system: You are a helpful assistant.
user:
Analyze the provided spectrum to determine if it is a **"Cataclysmic Variables (CV)"**.

- **Key Indicators for CV (Check for either state):**
    - **State 1: Quiescent / Low-State (Emission-Dominated)**
        - **(Primary):** Strong and *very broad* Hydrogen Balmer emission lines (e.g., $H\alpha$ at 6563 Å, $H\beta$ at 4861 Å). The 'broadness' (high velocity dispersion, often FWHM > 1000 km/s) is the key diagnostic, indicating a high-velocity accretion disk.
        - **(Secondary):** Broad neutral Helium (He I) emission lines (e.g., 5876 Å, 6678 Å).
        - **(Key Confirmation):** Presence of high-excitation *ionized* Helium (He II) emission at 4686 Å. This is a strong indicator of accretion onto a white dwarf.
        - **(Line Profile):** Emission lines may exhibit a 'double-peaked' profile, which is a classic signature of a rotating accretion disk viewed at high inclination.

    - **State 2: Outburst / High-State (Absorption-Dominated)**
        - **(Primary):** Spectrum is dominated by a bright, blue continuum (looks like a hot star).
        - **(Secondary):** The emission lines from State 1 are weak, absent, or 'filled in', and are replaced by broad, shallow *absorption* lines (primarily Balmer and He I).
        - **(Morphology):** The overall spectrum mimics a hot B/A-type star. The crucial difference is that the absorption lines are significantly broader, shallower, and more 'washed-out' (or 'smeared') than the sharp lines of a normal stellar photosphere, due to high rotational speeds and pressure broadening in the disk.

Think first, call **spectral_visualization_tool** if needed to examine features in detail, then provide your final answer. Your response must adhere to the following strict rules:
1.  **Overall Structure:** Your response must follow the format `<think>...</think> <tool_call>...</tool_call> (if a tool is used) <answer>...</answer>`.
2.  **Tool Usage Constraint:** You may only make **one** tool call per turn.
3.  **Final Answer Format:** In the `<answer>` tag, your conclusion must be inside a `\boxed{}` command (e.g., `\boxed{YES}`), followed by your justification.

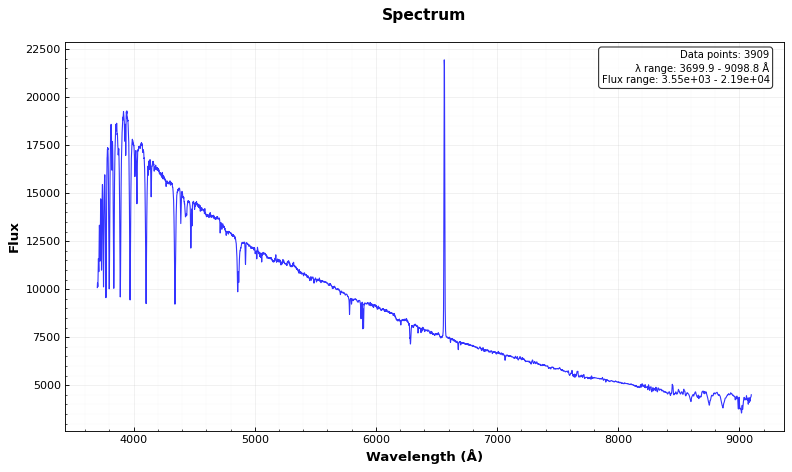
Answer: NO